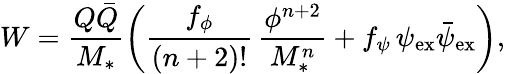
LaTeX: W=\frac{Q\bar{Q}}{M_{*}}\left(\frac{f_{\phi}}{(n+2)!}\, \frac{\phi^{n+2}}{M_{*}^{n}}+f_{\psi}\, \psi_{\mathrm{ex}}\bar{\psi}_{\mathrm{ex}}\right),